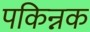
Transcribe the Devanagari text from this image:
पकिन्नक